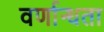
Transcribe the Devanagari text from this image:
वर्णान्धता